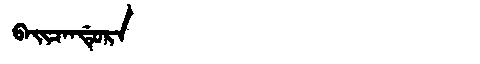
Manchu: ᠪᠠᡳᠴᠠᠨᡩᡠᡵᠠ
Romanization: BAICANDURA